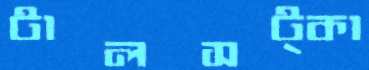
টালসট্‌কা